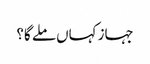
جہاز کہاں ملے گا؟